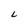
Character: L